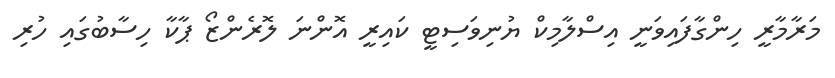
މަރާމާރީ ހިންގާފައިވަނީ އިސްލާމިކް ޔުނިވަސިޓީ ކައިރީ އޮންނަ ލޮރެންޒޯ ޕާކާ ހިސާބުގައި ހުރި